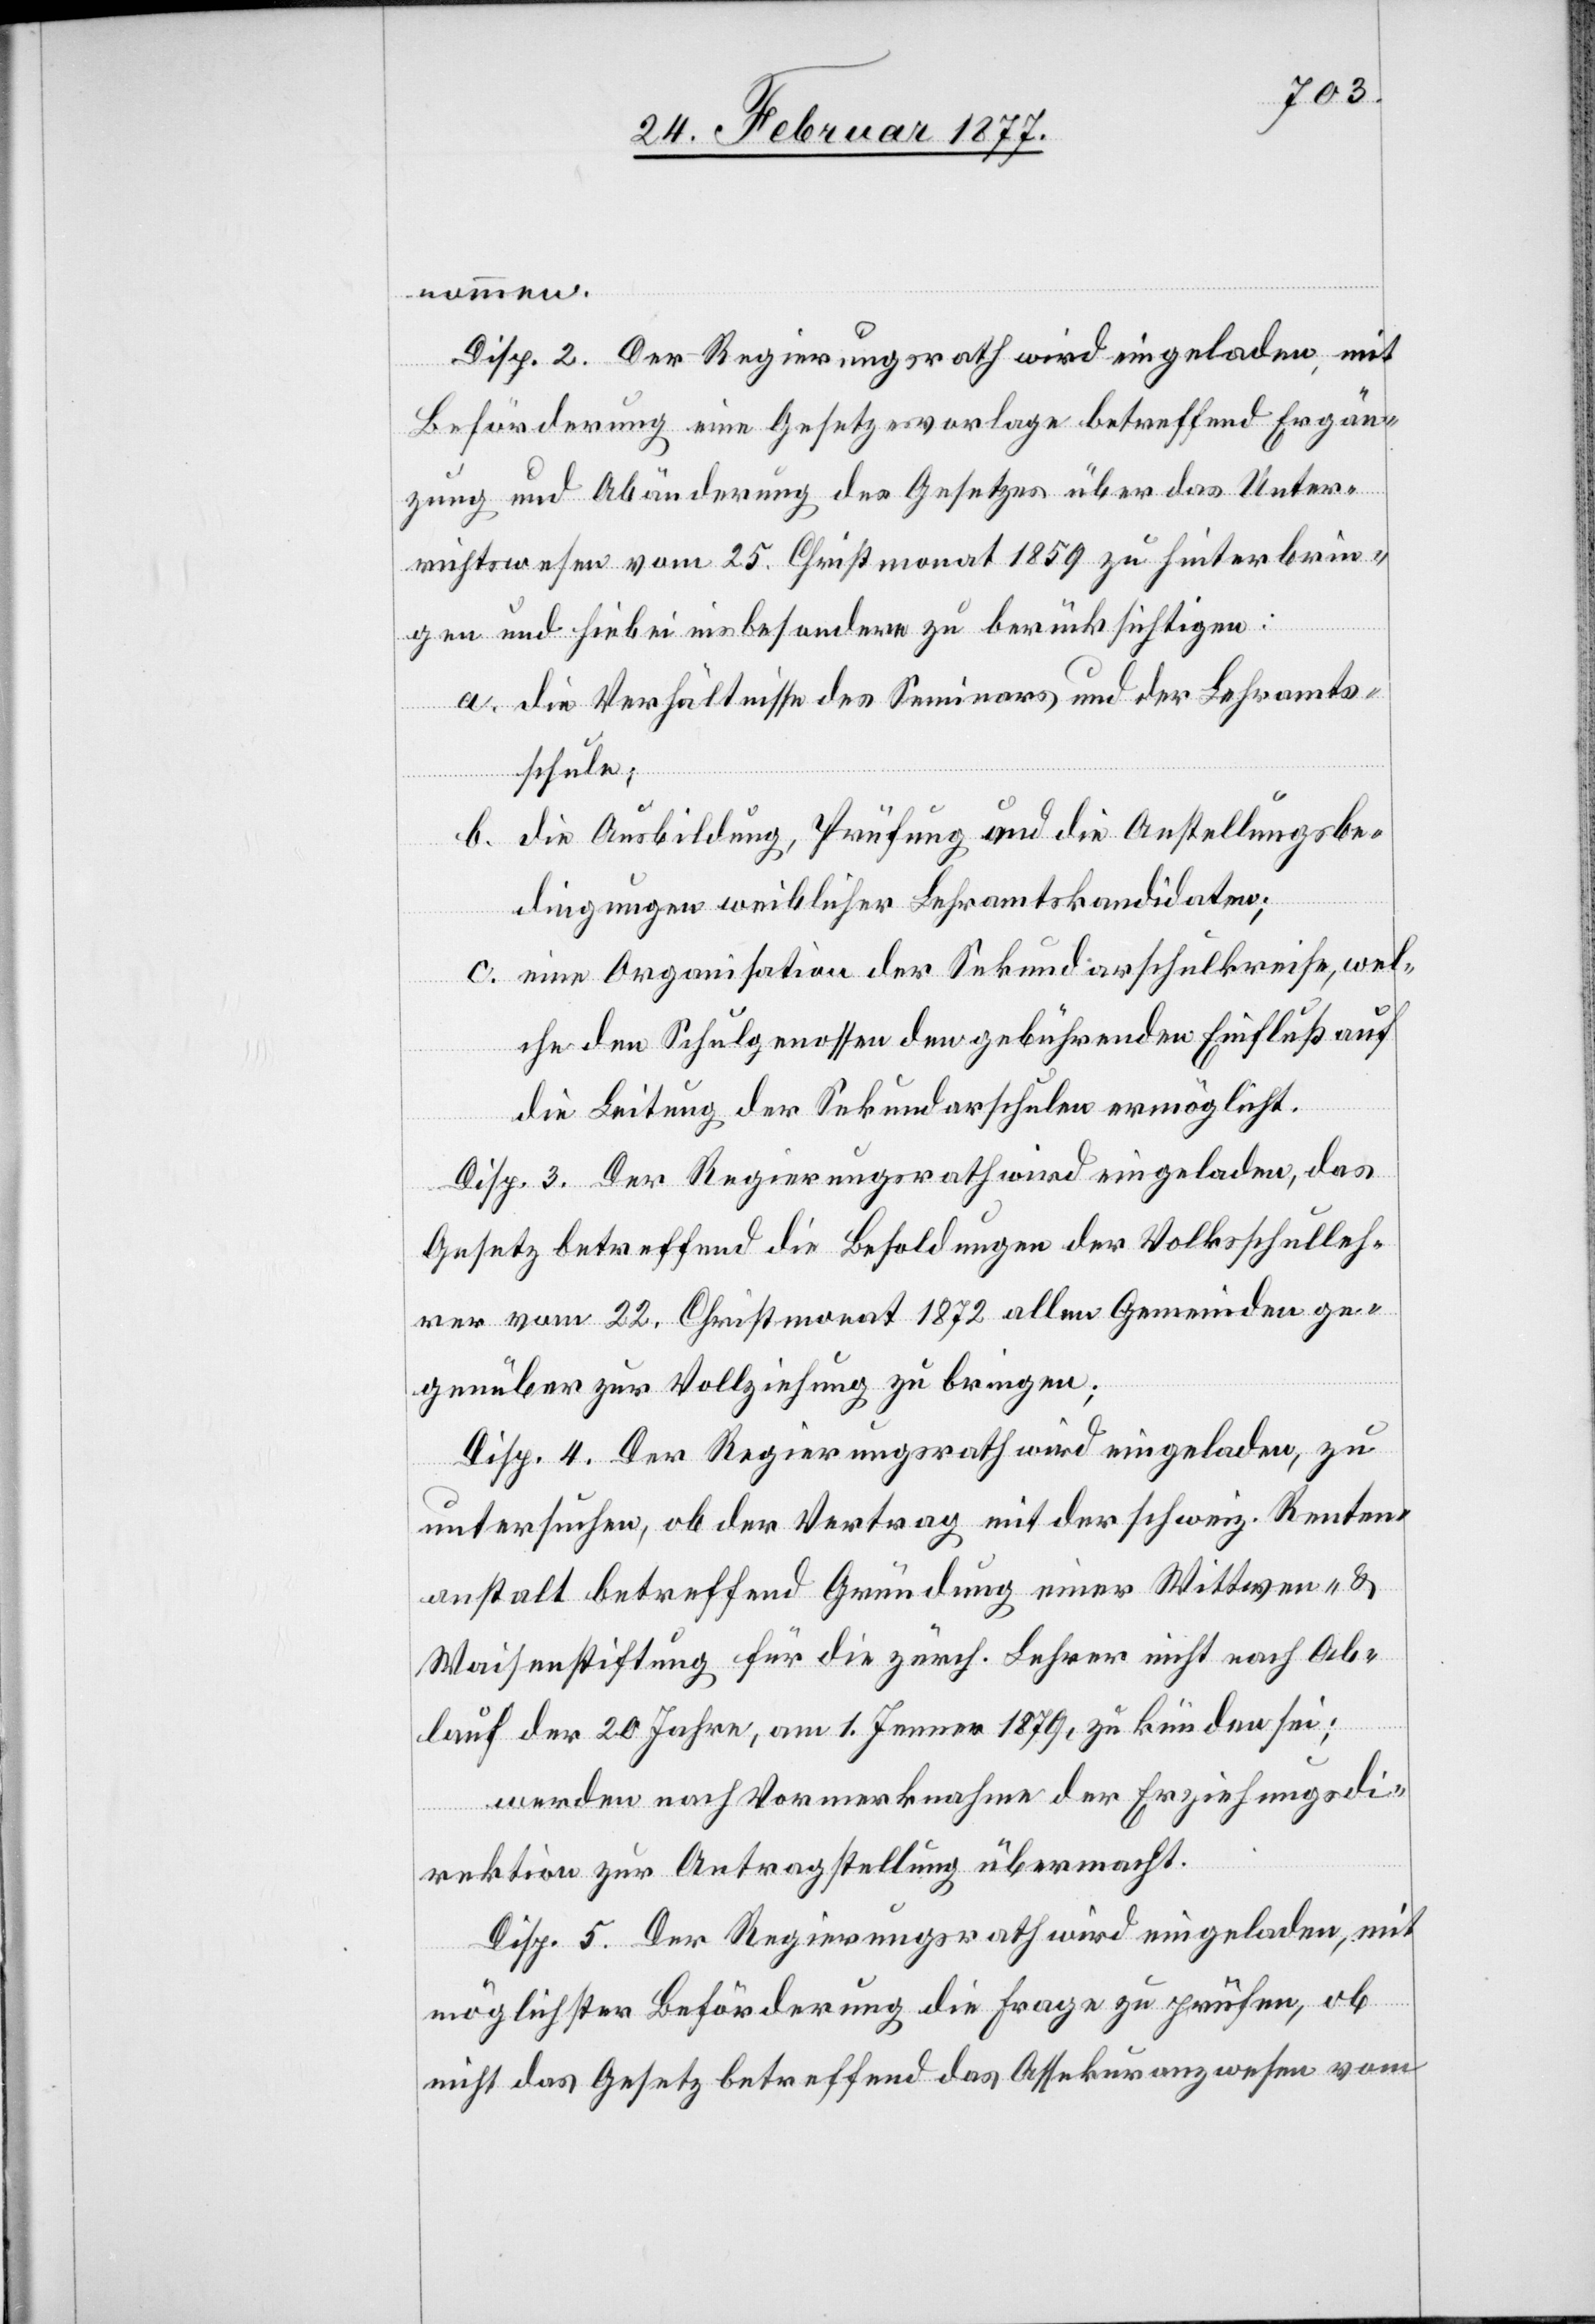
Disp. 2. Der Regierungsrath wird eingeladen, mit
n¬
Beförderung eine Gesetzesvorlage betreffend Ergän¬
zung und Abänderung des Gesetzes über das Unter¬
richtswesen vom 25. Christmonat 1859 zu hinterbrin¬
gen und hiebei insbesondere zu berücksichtigen:
a. die Verhältnisse des Seminars und der Lehramts¬
schule;
b. die Ausbildung, Prüfung und die Anstellungsbe¬
dingungen weiblicher Lehramtskandidaten;
c. eine Organisation der Sekundarschulkreise, wel¬
che den Schulgenossen den gebührenden Einfluß auf
die Leitung der Sekundarschulen ermöglicht.
Disp. 3. Der Regierungsrath wird eingeladen, das
Gesetz betreffend die Besoldungen der Volksschulleh¬
rer vom 22. Christmonat 1872 allen Gemeinden ge¬
genüber zur Vollziehung zu bringen.
Disp. 4. Der Regierungsrath wird eingeladen, zu
untersuchen, ob der Vertrag mit der schweiz. Renten¬
anstalt betreffend Gründung einer Wittwen- &
Waisenstiftung für die zürch. Lehrer nicht nach Ab¬
ommen.
lauf der 20 Jahre, am 1. Jenner 1879, zu künden sei;
werden nach Vormerknahme der Erziehungsdi¬
rektion zur Antragstellung übermacht.
Disp. 5. Der Regierungsrath wird eingeladen, mit
möglichster Beförderung die Frage zu prüfen, ob
nicht das Gesetz betreffend das Assekuranzwesen vom